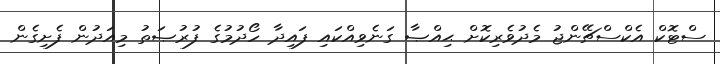
ސްޓޮކް އެކްސްޗޭންޖު މެދުވެރިކޮށް ޙިއްޞާ ގަނެވިއްކައި ފައިދާ ހޯދުމުގެ ފުރުޞަތު މިއަދުން ފެށިގެން